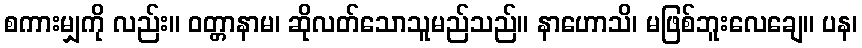
စကားမျှကို လည်း။ ဝတ္တာနာမ၊ ဆိုလတ်သောသူမည်သည်။ နာဟောသိ၊ မဖြစ်ဘူးလေချေ။ ပန၊